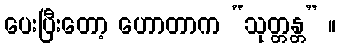
ပေးပြီးတော့ ဟောတာက “သုတ္တန္တ” ။